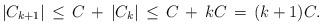
LaTeX: \begin{align*}|C_{k+1}|\,\leq\,C\,+\,|C_k|\,\leq\,C\,+\,kC\,=\,(k+1)C.\end{align*}